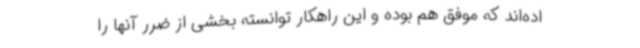
اده‌اند که موفق هم بوده‌ و این راهکار توانسته بخشی از ضرر آنها را